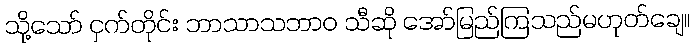
သို့သော် ငှက်တိုင်း ဘာသာသဘာဝ သီဆို အော်မြည်ကြသည်မဟုတ်ချေ။